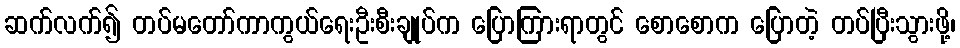
ဆက်လက်၍ တပ်မတော်ကာကွယ်ရေးဦးစီးချုပ်က ပြောကြားရာတွင် စောစောက ပြောတဲ့ တပ်ပြီးသွားဖို့၊